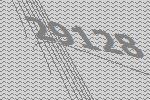
29128